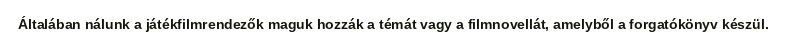
Általában nálunk a játékfilmrendezők maguk hozzák a témát vagy a filmnovellát, amelyből a forgatókönyv készül.